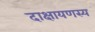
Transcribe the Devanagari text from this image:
दाक्षायणस्य